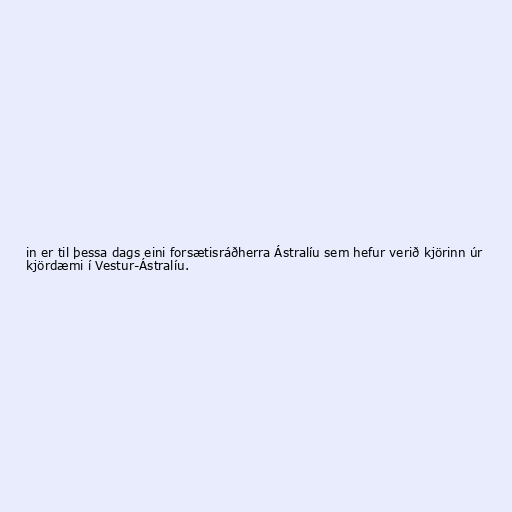
in er til þessa dags eini forsætisráðherra Ástralíu sem hefur verið kjörinn úr
kjördæmi í Vestur-Ástralíu.